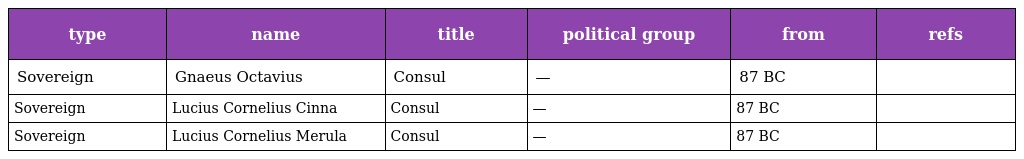
| type | name | title | political group | from | refs |
 | --- | --- | --- | --- | --- | --- |
 | Sovereign | Gnaeus Octavius | Consul | — | 87 BC |  |
 | Sovereign | Lucius Cornelius Cinna | Consul | — | 87 BC |  |
 | Sovereign | Lucius Cornelius Merula | Consul | — | 87 BC |  |